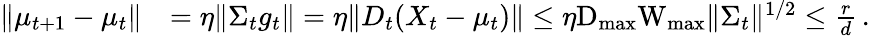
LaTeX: \begin{array}{rl}{\Vert\mu_{t+1}-\mu_{t}\Vert}&{=\eta\Vert\Sigma_{t}g_{t}\Vert=\eta\Vert D_{t}(X_{t}-\mu_{t})\Vert\leq\eta\textrm{D}_{\operatorname*{max}}\textrm{W}_{\operatorname*{max}}\Vert\Sigma_{t}\Vert^{1/2}\leq\frac{r}{d}\, .}\end{array}